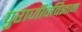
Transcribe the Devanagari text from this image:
पुराजीवविज्ञान